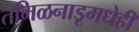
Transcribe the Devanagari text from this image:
तमिळनाडूमधेही